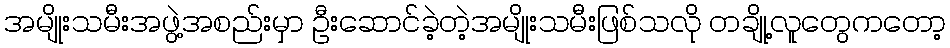
အမျိုးသမီးအဖွဲ့အစည်းမှာ ဦးဆောင်ခဲ့တဲ့အမျိုးသမီးဖြစ်သလို တချို့လူတွေကတော့